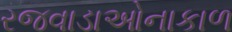
રજવાડાઓનાકાળ